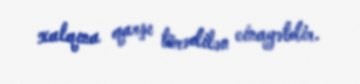
xalqına qarşı törədilən cinayətdir.